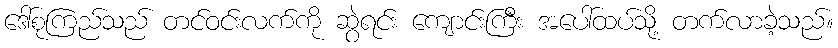
ဒေါ်စုကြည်သည် တင်ဝင်းလက်ကို ဆွဲရင်း ကျောင်းကြီး အပေါ်ထပ်သို့ တက်လာခဲ့သည်။